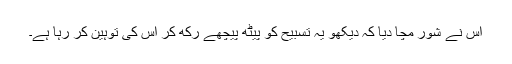
اس نے شور مچا دیا کہ دیکھو یہ تسبیح کو پیٹھ پیچھے رکھ کر اس کی توہین کر رہا ہے۔